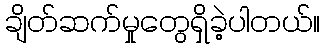
ချိတ်ဆက်မှုတွေရှိခဲ့ပါတယ်။